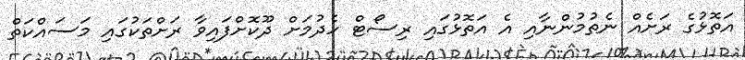
އަތޮޅުގެ ރަށެއް ނެތުމުންނާއި އެ އަތޮޅުގައި ރިސޯޓް ހެދުމަށް ދޫކޮށްފައިވާ ރަށްތަކުގައި މަސައްކަތް